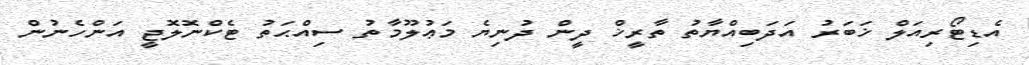
އެޑިޓޯރިއަލް ޚަބަރު އަދަބިއްޔާތު ތާރީޚް ދީން ދުނިޔެ މަޢުލޫމާތު ސިއްޙަތު ޓެކްނޮލޮޖީ އަންހެނުން